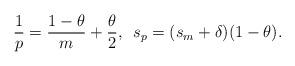
LaTeX: \begin{align*}\frac{1}{p} = \frac{1-\theta}{m} + \frac{\theta}{2}, \ \, s_p = (s_m + \delta)(1-\theta).\end{align*}